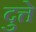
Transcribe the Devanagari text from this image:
दुत्ते